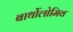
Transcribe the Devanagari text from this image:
बार्थोलोमिव